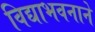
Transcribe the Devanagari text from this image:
विद्याभवनाने